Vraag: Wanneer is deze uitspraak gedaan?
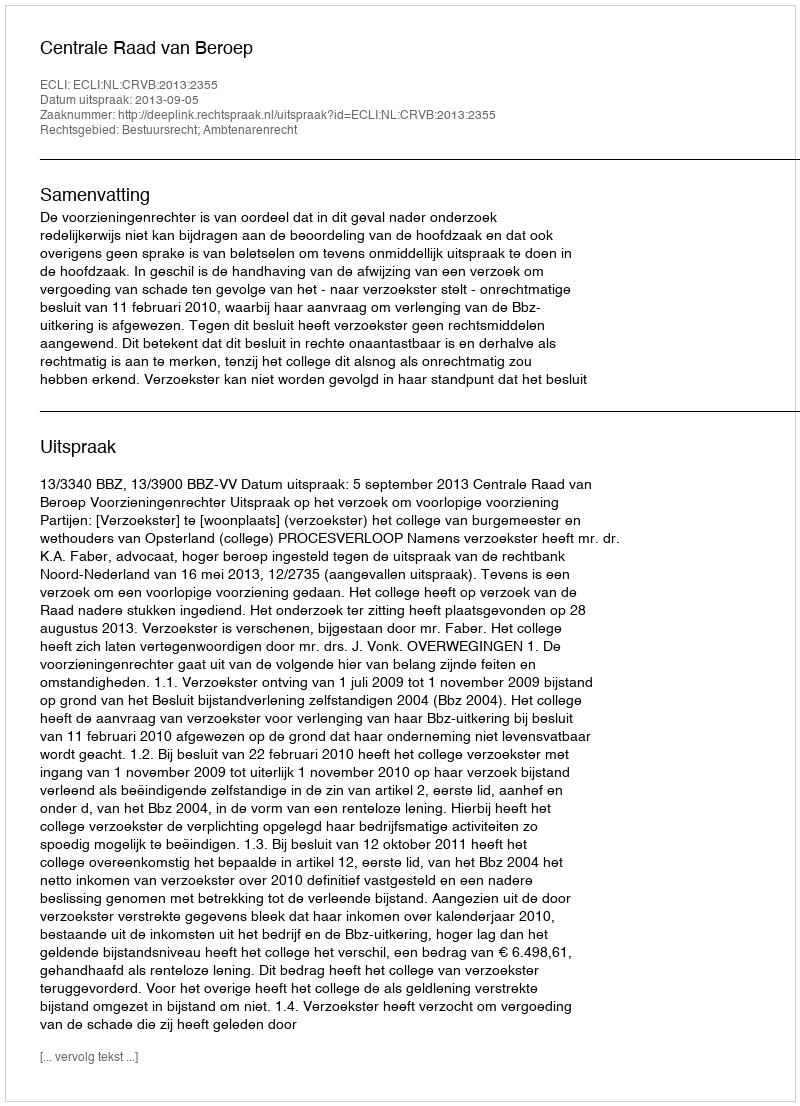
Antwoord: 2013-09-05